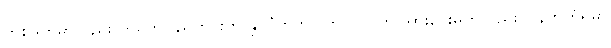
တစ်ဖက်မှာလည်း တရုတ်ပြည်တွင်းက နိုင်ငံတကာ ကလပ်ပွဲကို အားပေးမှုကိုလည်း ပြန်တွက်ရမှာ